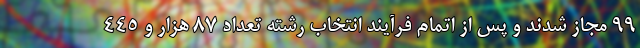
۹۹ مجاز شدند و پس از اتمام فرآیند انتخاب رشته تعداد ۸۷ هزار و ۴۴۵